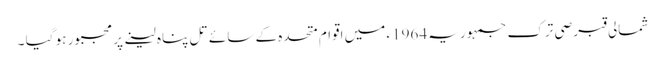
شمالی قبرصی ترک جمہوریہ 1964ء میں اقوام متحدہ کے سائے تل پناہ لینے پر مجبور ہو گیا ۔